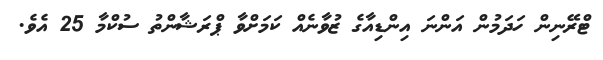
ޓްރޭނިން ހަދަމުން އަންނަ އިންޑިއާގެ ޒުވާނެއް ކަމަށްވާ ޕްރަޝާންތު ސުކްމާ 25 އެވެ.